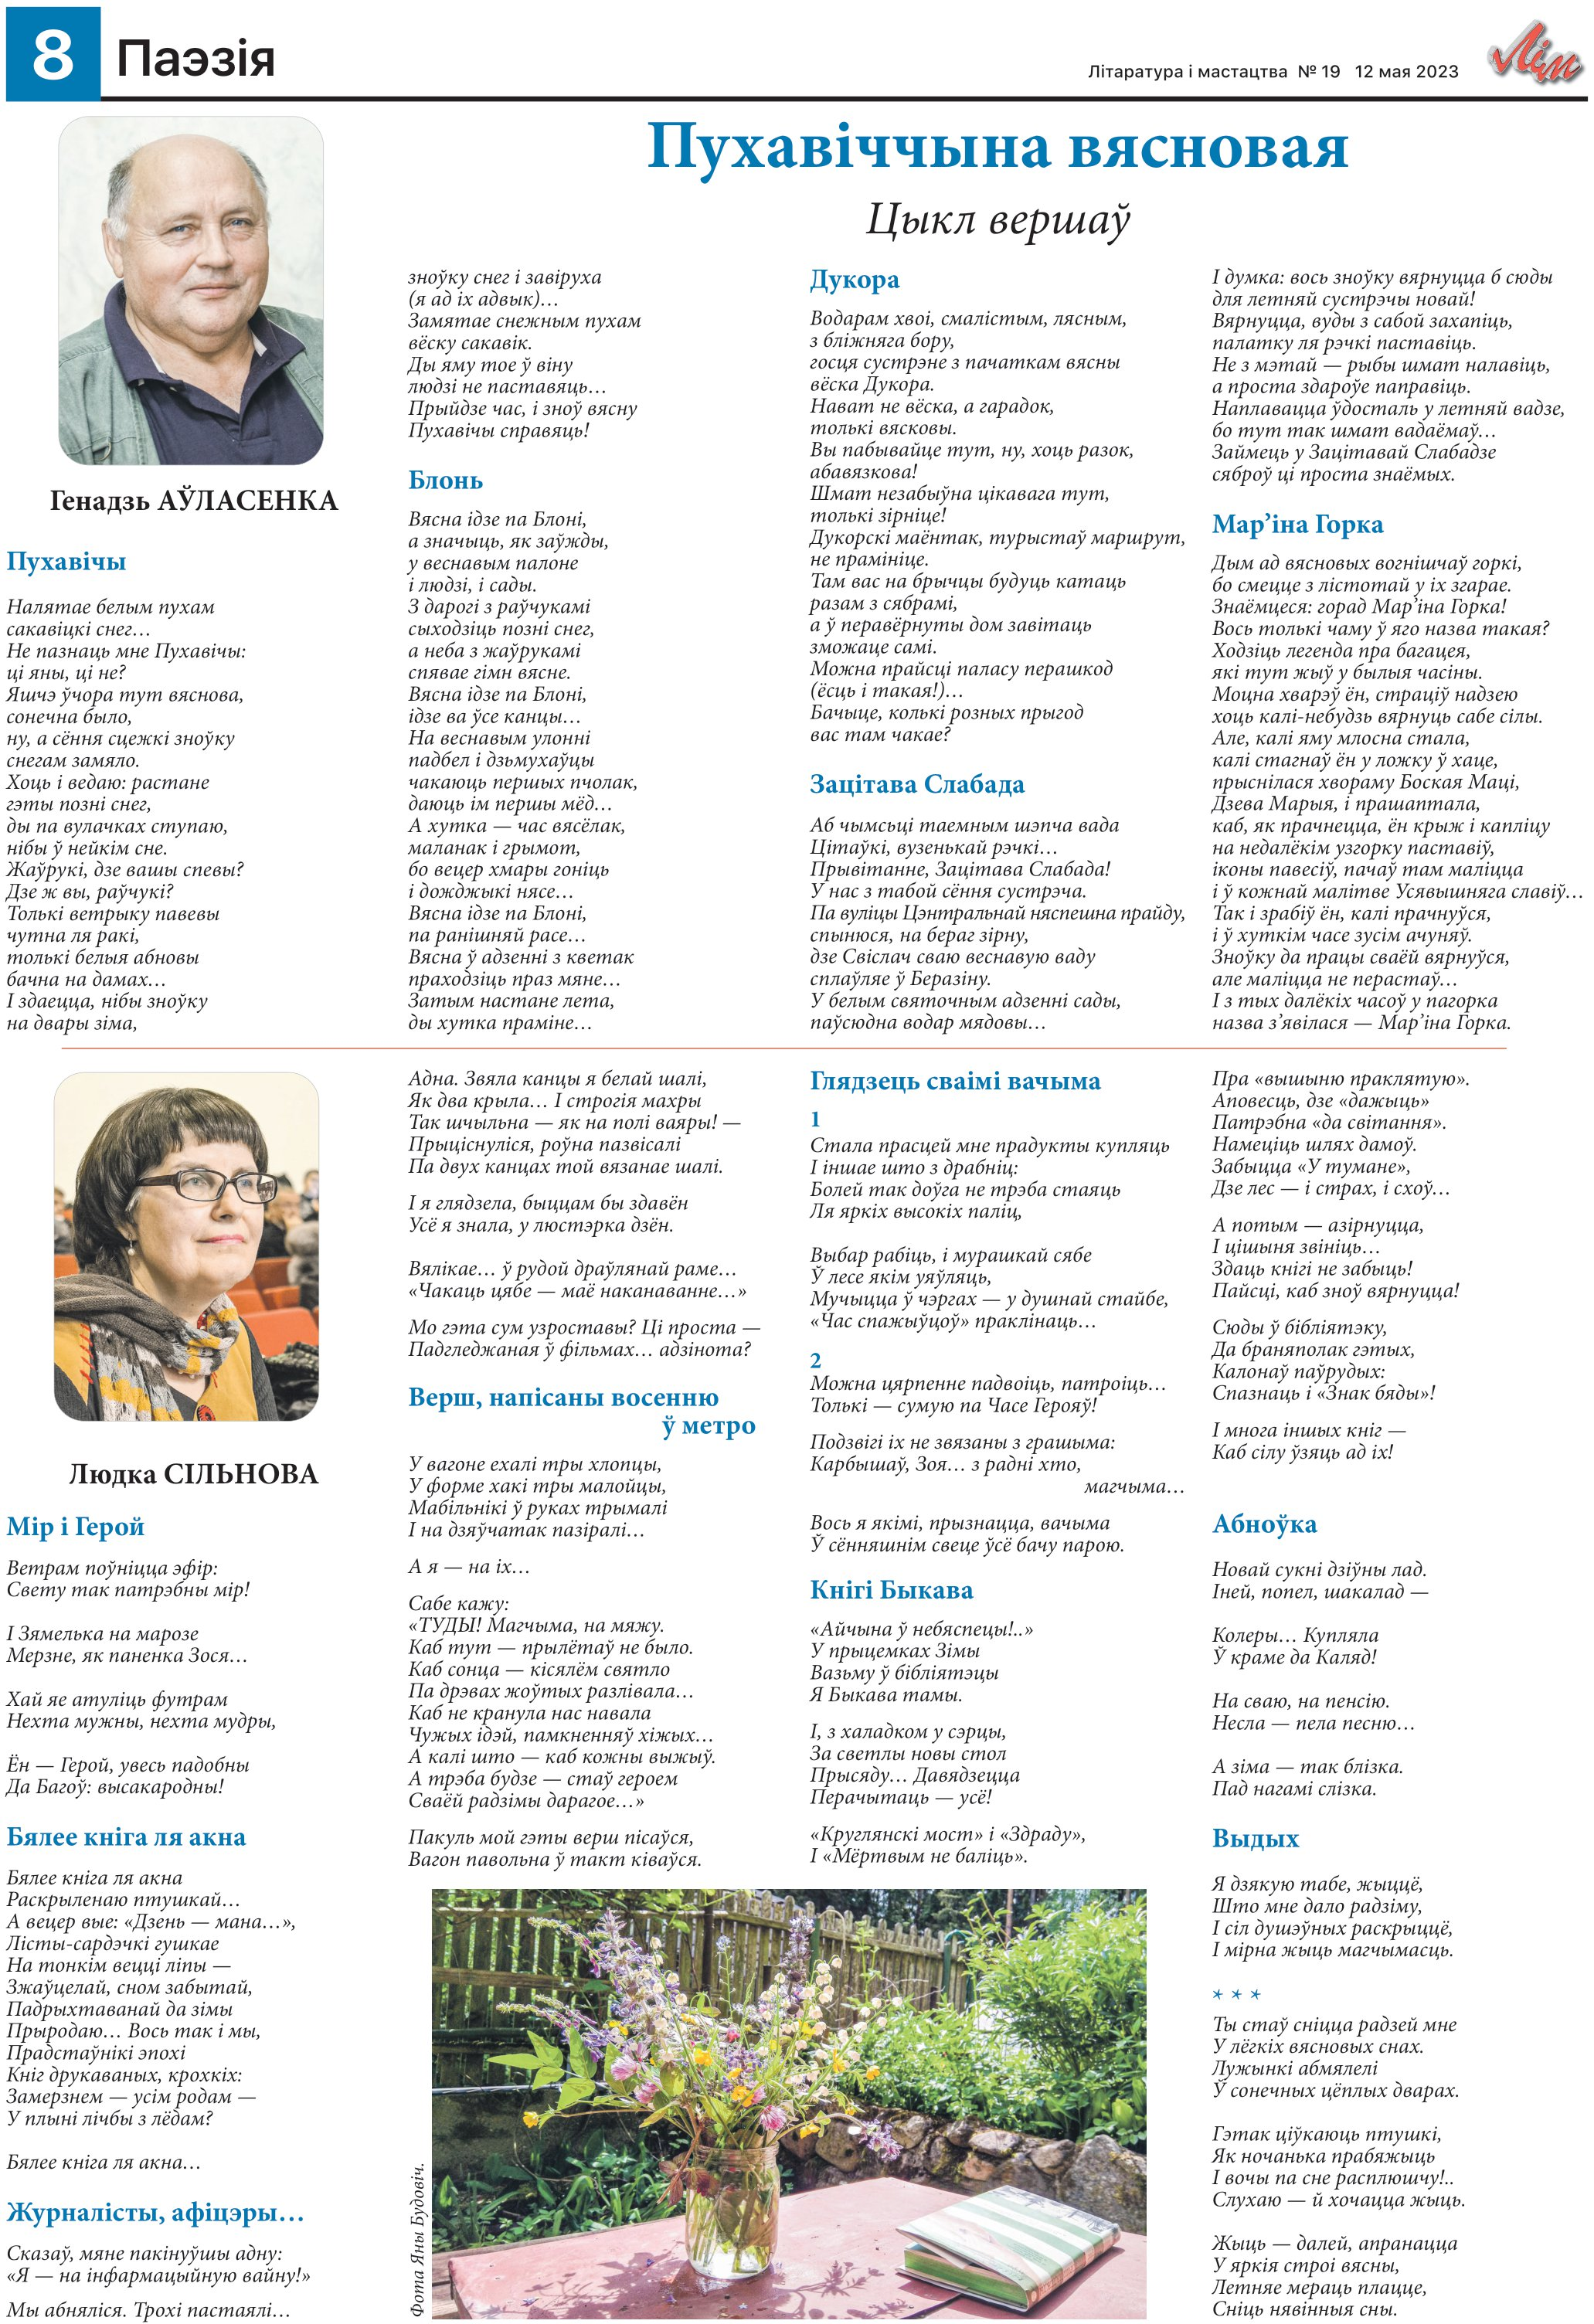
Language: be